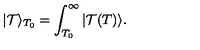
| \mathcal { T } \rangle _ { T _ { 0 } } = \int _ { T _ { 0 } } ^ { \infty } | \mathcal { T } ( T ) \rangle .